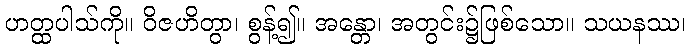
ဟတ္ထပါသ်ကို။ ဝိဇဟိတွာ၊ စွန့်၍။ အန္တော၊ အတွင်း၌ဖြစ်သော။ သယနဿ၊